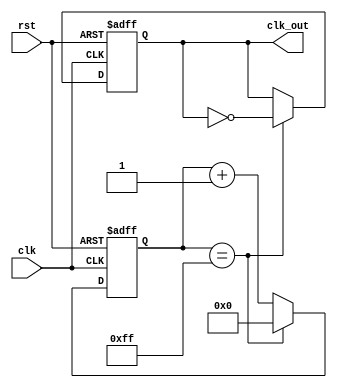
module FrequencySynthesizer (
    input wire clk,
    input wire rst,
    output reg clk_out
);

reg [7:0] counter;

always @ (posedge clk or posedge rst) begin
    if (rst) begin
        counter <= 8'b00000000;
        clk_out <= 1'b0;
    end else begin
        if (counter == 8'hFF) begin
            counter <= 8'b00000000;
            clk_out <= ~clk_out;
        end else begin
            counter <= counter + 1;
        end
    end
end

endmodule